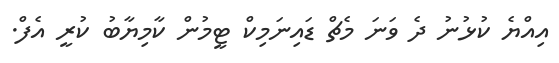
އިއްޔެ ކުޅުނު ދެ ވަނަ މެޗް ޑައިނަމިކް ޓީމުން ކާމިޔާބު ކުރީ އެފް.